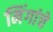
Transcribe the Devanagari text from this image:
मिंगांचे